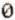
0